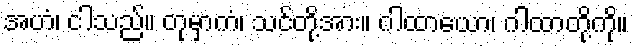
အဟံ၊ ငါသည်။ တုမှာကံ၊ သင်တို့အား။ ဂါထာယော၊ ဂါထာတို့ကို။